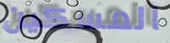
المسكين